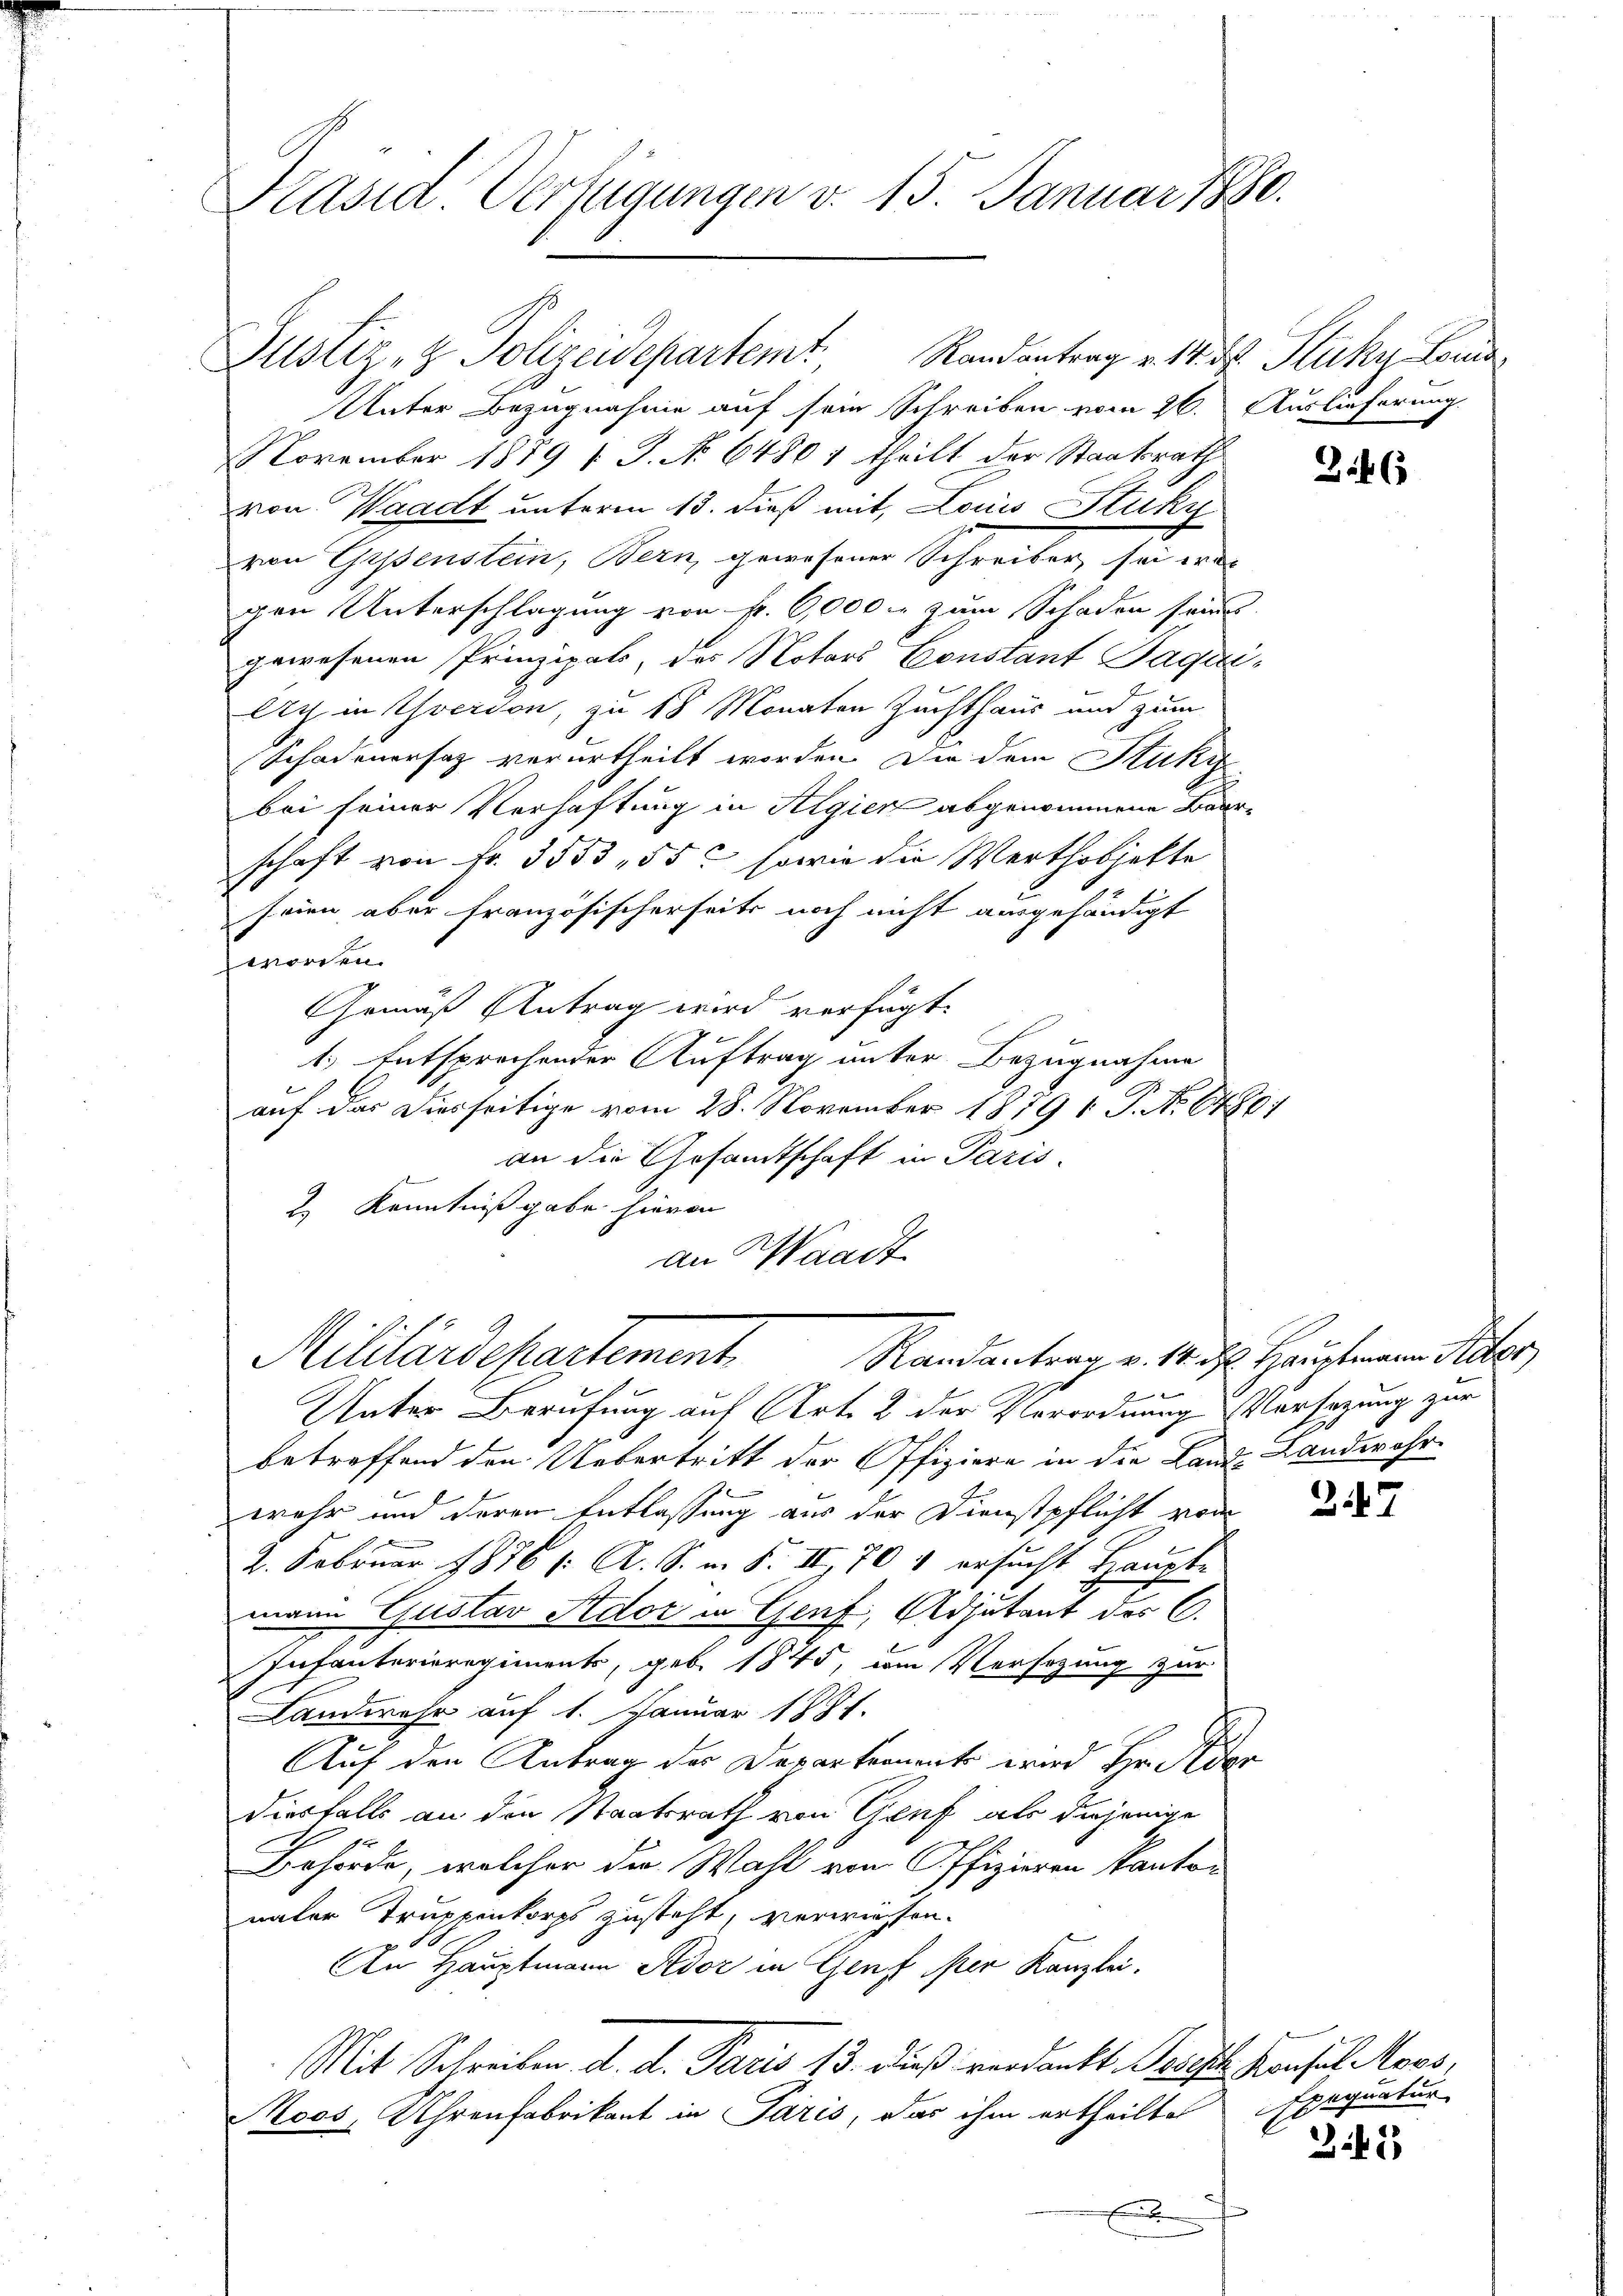
Präsid. Verfügungen v. 15. Januar 1880.

Justiz- & Polizeidepartem Randantrag v. 14. d. Stucky Louis
Unter Bezugnahme auf sein Schreiben vom 26. Auslieferung.
November 1879 v. J. No 6480 1 theilt der Staatsrath
von Waadt unterm 13. dieß mit, Louis Stuky
von Gipsenstein, Bern, gewesener Schreiber sei wel
gen Unterschlagung von fr. 6,000 fr zum Schaden seines
gewesenen Prinzipals, des Notars Constant Paqui-
Ach in Yverdon, zu 18 Monaten Zuchthaus und zum
Schadenersatz verurtheilt worden. Die dem Stukz
bei seiner Verhaftung in Algien abgenommene Baarschaft von Fr. 3553, 55c sowie die Werthobjekte
seien aber französischerseits noch nicht ausgehändigt
worden.
Gemäß Antrag wird verfügt:
1.) Entsprechender Auftrag unter Bezugnahme
auf das Diesseitige vom 28. November 1879 1 P. No. 67801
an die Gesandtschaft in Paris.
2 Kenntniß gabe hievon
an Waadt
Militärdepartement Randantrag v. 1. d. Hauptmann Seiter
Unter Berufung auf Art. 2 der Verordnung Versatzung zur
betreffend den Uebertritt der Offiziere in die Land Landwehr-
wehr und deren Entlassung aus der Dienstpflicht von
2. Februar 1876 (: A. S. i. S. II, 70 & ersucht Trauete
mann Gustav Ador in Genf, Adjutant des C.
Infanterieregiments, geb. 1845, vom Versatzung zur
Landwehr auf 1. Januar 1881.
Auf den Antrag der Departements wird Hr. Oder
diesfalls an die Staatsrath von Genf als diejenige
Behörde, welcher die Wahl von Offizieren kanton
naler Truppenkorps zusteht, verwiesen.
An Hauptmann Ador in Genf er Kanzlei.
Mit Schreiben d. d. Paris 13. dieß verdankt. Bracht Konsul Moos,
Roos, Uhrenfabrikant in Paris, das ihm ertheilte
E

Z.46

247

Exequatur

245